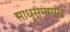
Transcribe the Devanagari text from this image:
साधुसमागम